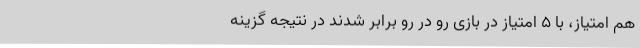
هم امتیاز، با ۵ امتیاز در بازی رو در رو برابر شدند در نتیجه گزینه